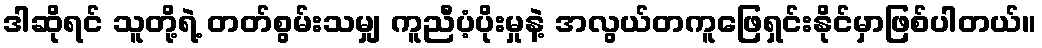
ဒါဆိုရင် သူတို့ရဲ့ တတ်စွမ်းသမျှ ကူညီပံ့ပိုးမှုနဲ့ အလွယ်တကူဖြေရှင်းနိုင်မှာဖြစ်ပါတယ်။